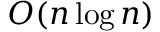
\ O ( n \log n )